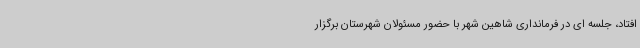
افتاد، جلسه ای در فرمانداری شاهین شهر با حضور مسئولان شهرستان برگزار